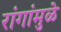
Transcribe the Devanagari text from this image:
रांगांमुळे